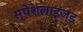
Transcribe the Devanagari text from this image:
स्पेशलाइज्ड